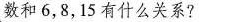
数和6，8，15有什么关系